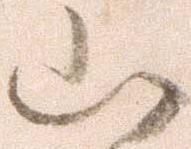
山